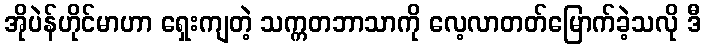
အိုပဲန်ဟိုင်မာဟာ ရှေးကျတဲ့ သက္ကတဘာသာကို လေ့လာတတ်မြောက်ခဲ့သလို ဒီ